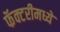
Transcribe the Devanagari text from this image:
फॅक्टरीमध्ये